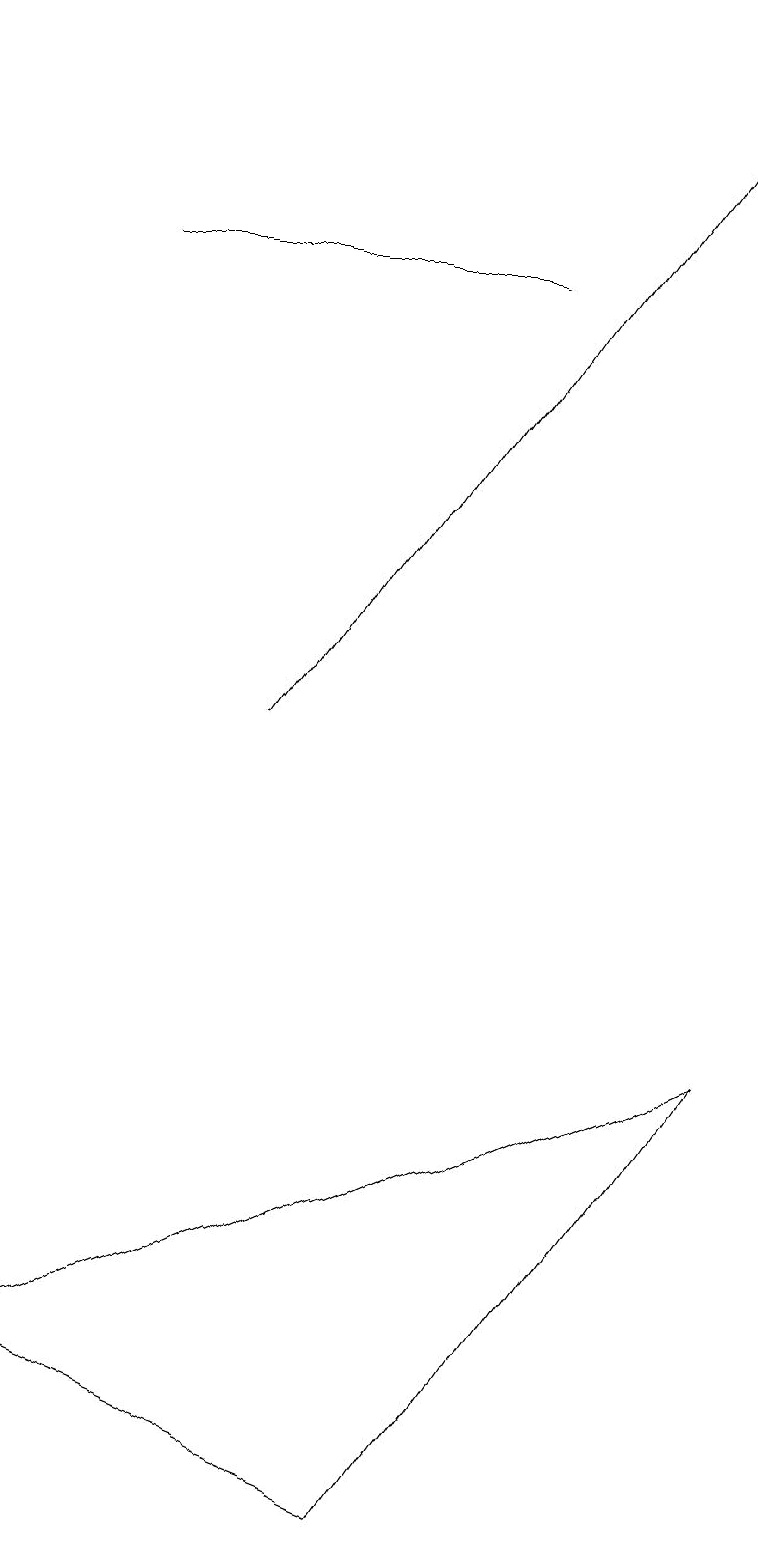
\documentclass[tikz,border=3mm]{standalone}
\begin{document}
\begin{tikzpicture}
\draw (1,16) rectangle (6,16);
\draw[->] (3,10) -- (9,19);
\draw (0,2) -- (9,6) -- (5,0) -- cycle;
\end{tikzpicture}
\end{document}